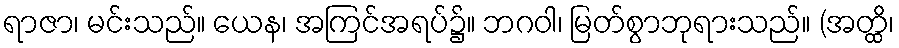
ရာဇာ၊ မင်းသည်။ ယေန၊ အကြင်အရပ်၌။ ဘဂဝါ၊ မြတ်စွာဘုရားသည်။ (အတ္ထိ၊